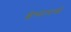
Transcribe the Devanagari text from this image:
श्लेष्मामध्ये